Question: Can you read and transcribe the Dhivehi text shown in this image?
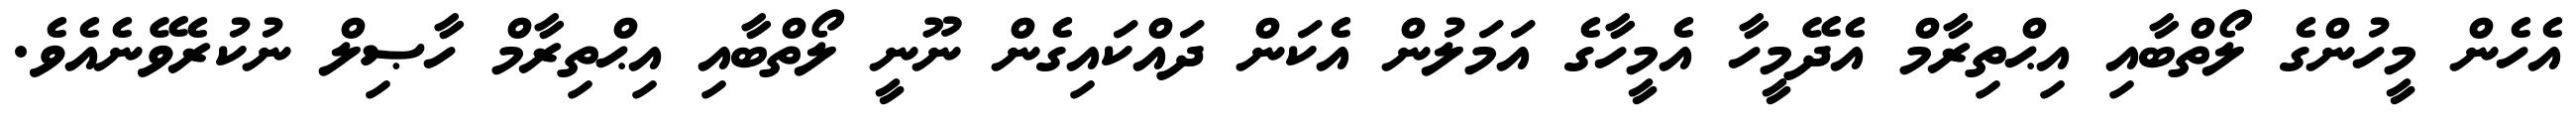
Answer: އެހެން މީހުންގެ ލޯތްބާއި އިޙްތިރާމް އެދޭމީހާ އެމީހާގެ އަމަލުން އެކަން ދައްކައިގެން ނޫނީ ލޯތްބާއި އިޙްތިރާމް ހާޞިލް ނުކުރެވޭނެއެވެ.